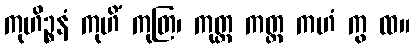
ကုဟိဉ္စနံ ကုဟိံ ကုတြ၊ ကုတ္ထ ကတ္ထ ကဟံ ကွ ထ။